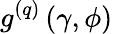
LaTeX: g^{(q)}\left(\gamma,\phi\right)